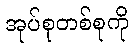
အုပ်စုတစ်စုကို